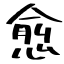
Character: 愈